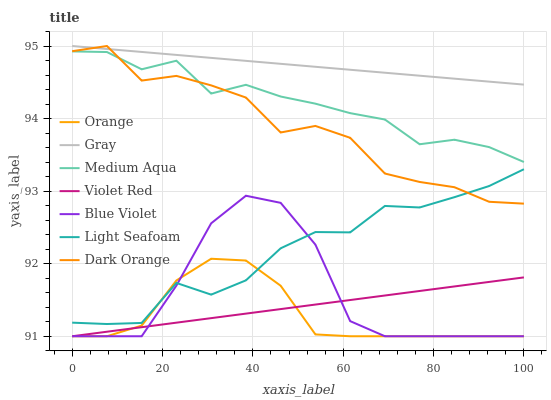
| xaxis_label | Orange | Gray | Medium Aqua | Violet Red | Blue Violet | Light Seafoam | Dark Orange |
 | --- | --- | --- | --- | --- | --- | --- | --- |
 | 0 | 91 | 95 | 94.9 | 91 | 91 | 91.2 | 94.9 |
 | 7.69 | 91 | 95 | 94.9 | 91.1 | 91 | 91.2 | 95 |
 | 15.4 | 91.1 | 94.9 | 94.7 | 91.1 | 91 | 91.2 | 94.5 |
 | 23.1 | 91.8 | 94.9 | 94.8 | 91.2 | 91.7 | 91.7 | 94.6 |
 | 30.8 | 92.1 | 94.8 | 94.3 | 91.2 | 92.6 | 91.6 | 94.5 |
 | 38.5 | 92 | 94.8 | 94.5 | 91.3 | 92.9 | 91.8 | 94.3 |
 | 46.2 | 91.7 | 94.8 | 94.3 | 91.4 | 92.8 | 92.2 | 93.8 |
 | 53.8 | 91 | 94.7 | 94.2 | 91.4 | 92.3 | 92.4 | 93.9 |
 | 61.5 | 91 | 94.7 | 94.1 | 91.5 | 91.2 | 92.4 | 93.7 |
 | 69.2 | 91 | 94.6 | 94 | 91.6 | 91 | 92.8 | 93.2 |
 | 76.9 | 91 | 94.6 | 93.6 | 91.6 | 91 | 92.8 | 93.1 |
 | 84.6 | 91 | 94.6 | 93.7 | 91.7 | 91 | 92.9 | 93.1 |
 | 92.3 | 91 | 94.5 | 93.6 | 91.7 | 91 | 93.1 | 92.9 |
 | 100 | 91 | 94.5 | 93.4 | 91.8 | 91 | 93.3 | 92.8 |